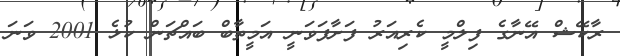
ރާކޭޝް އޭނާގެ ފިލްމީ ކެރިއަރު ފަށާފަވަނީ އަމީތާބް ބައްޗަން ކުޅެ 2001 ވަނަ